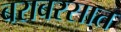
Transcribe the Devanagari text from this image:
बराबरसात